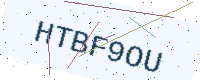
Text: HTBF9OU